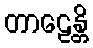
တာဠေန္တိ